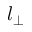
l _ { \perp }